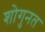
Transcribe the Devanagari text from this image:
शोगुनत